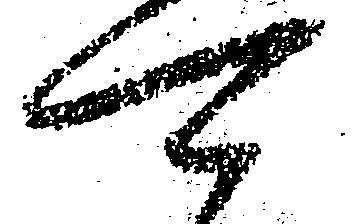
可